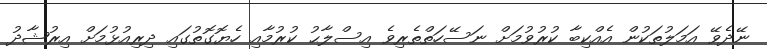
ނޭދެވޭ އަމަލުތަކުން އެއްކިބާ ކުރުވުމަށް ނަސޭހަތްތެރިވެ އިސްލާޙު ކުރުމާއި ހެޔޮގޮތުގައި ދިރިއުޅުމަށް އިރުޝާދު